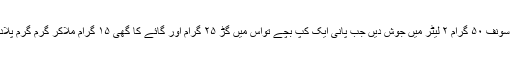
(۲) سونف ۵۰ گرام ۲ لیٹر میں جوش دیں جب پانی ایک کپ بچے تواس میں گُڑ ۲۵ گرام اور گائے کا گھی ۱۵ گرام ملاکر گرم گرم پلادیں ۔